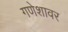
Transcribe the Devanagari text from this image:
गणेशावर